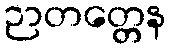
ဉာတတ္တေန